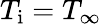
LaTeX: T_{\mathrm{i}}=T_{\infty}